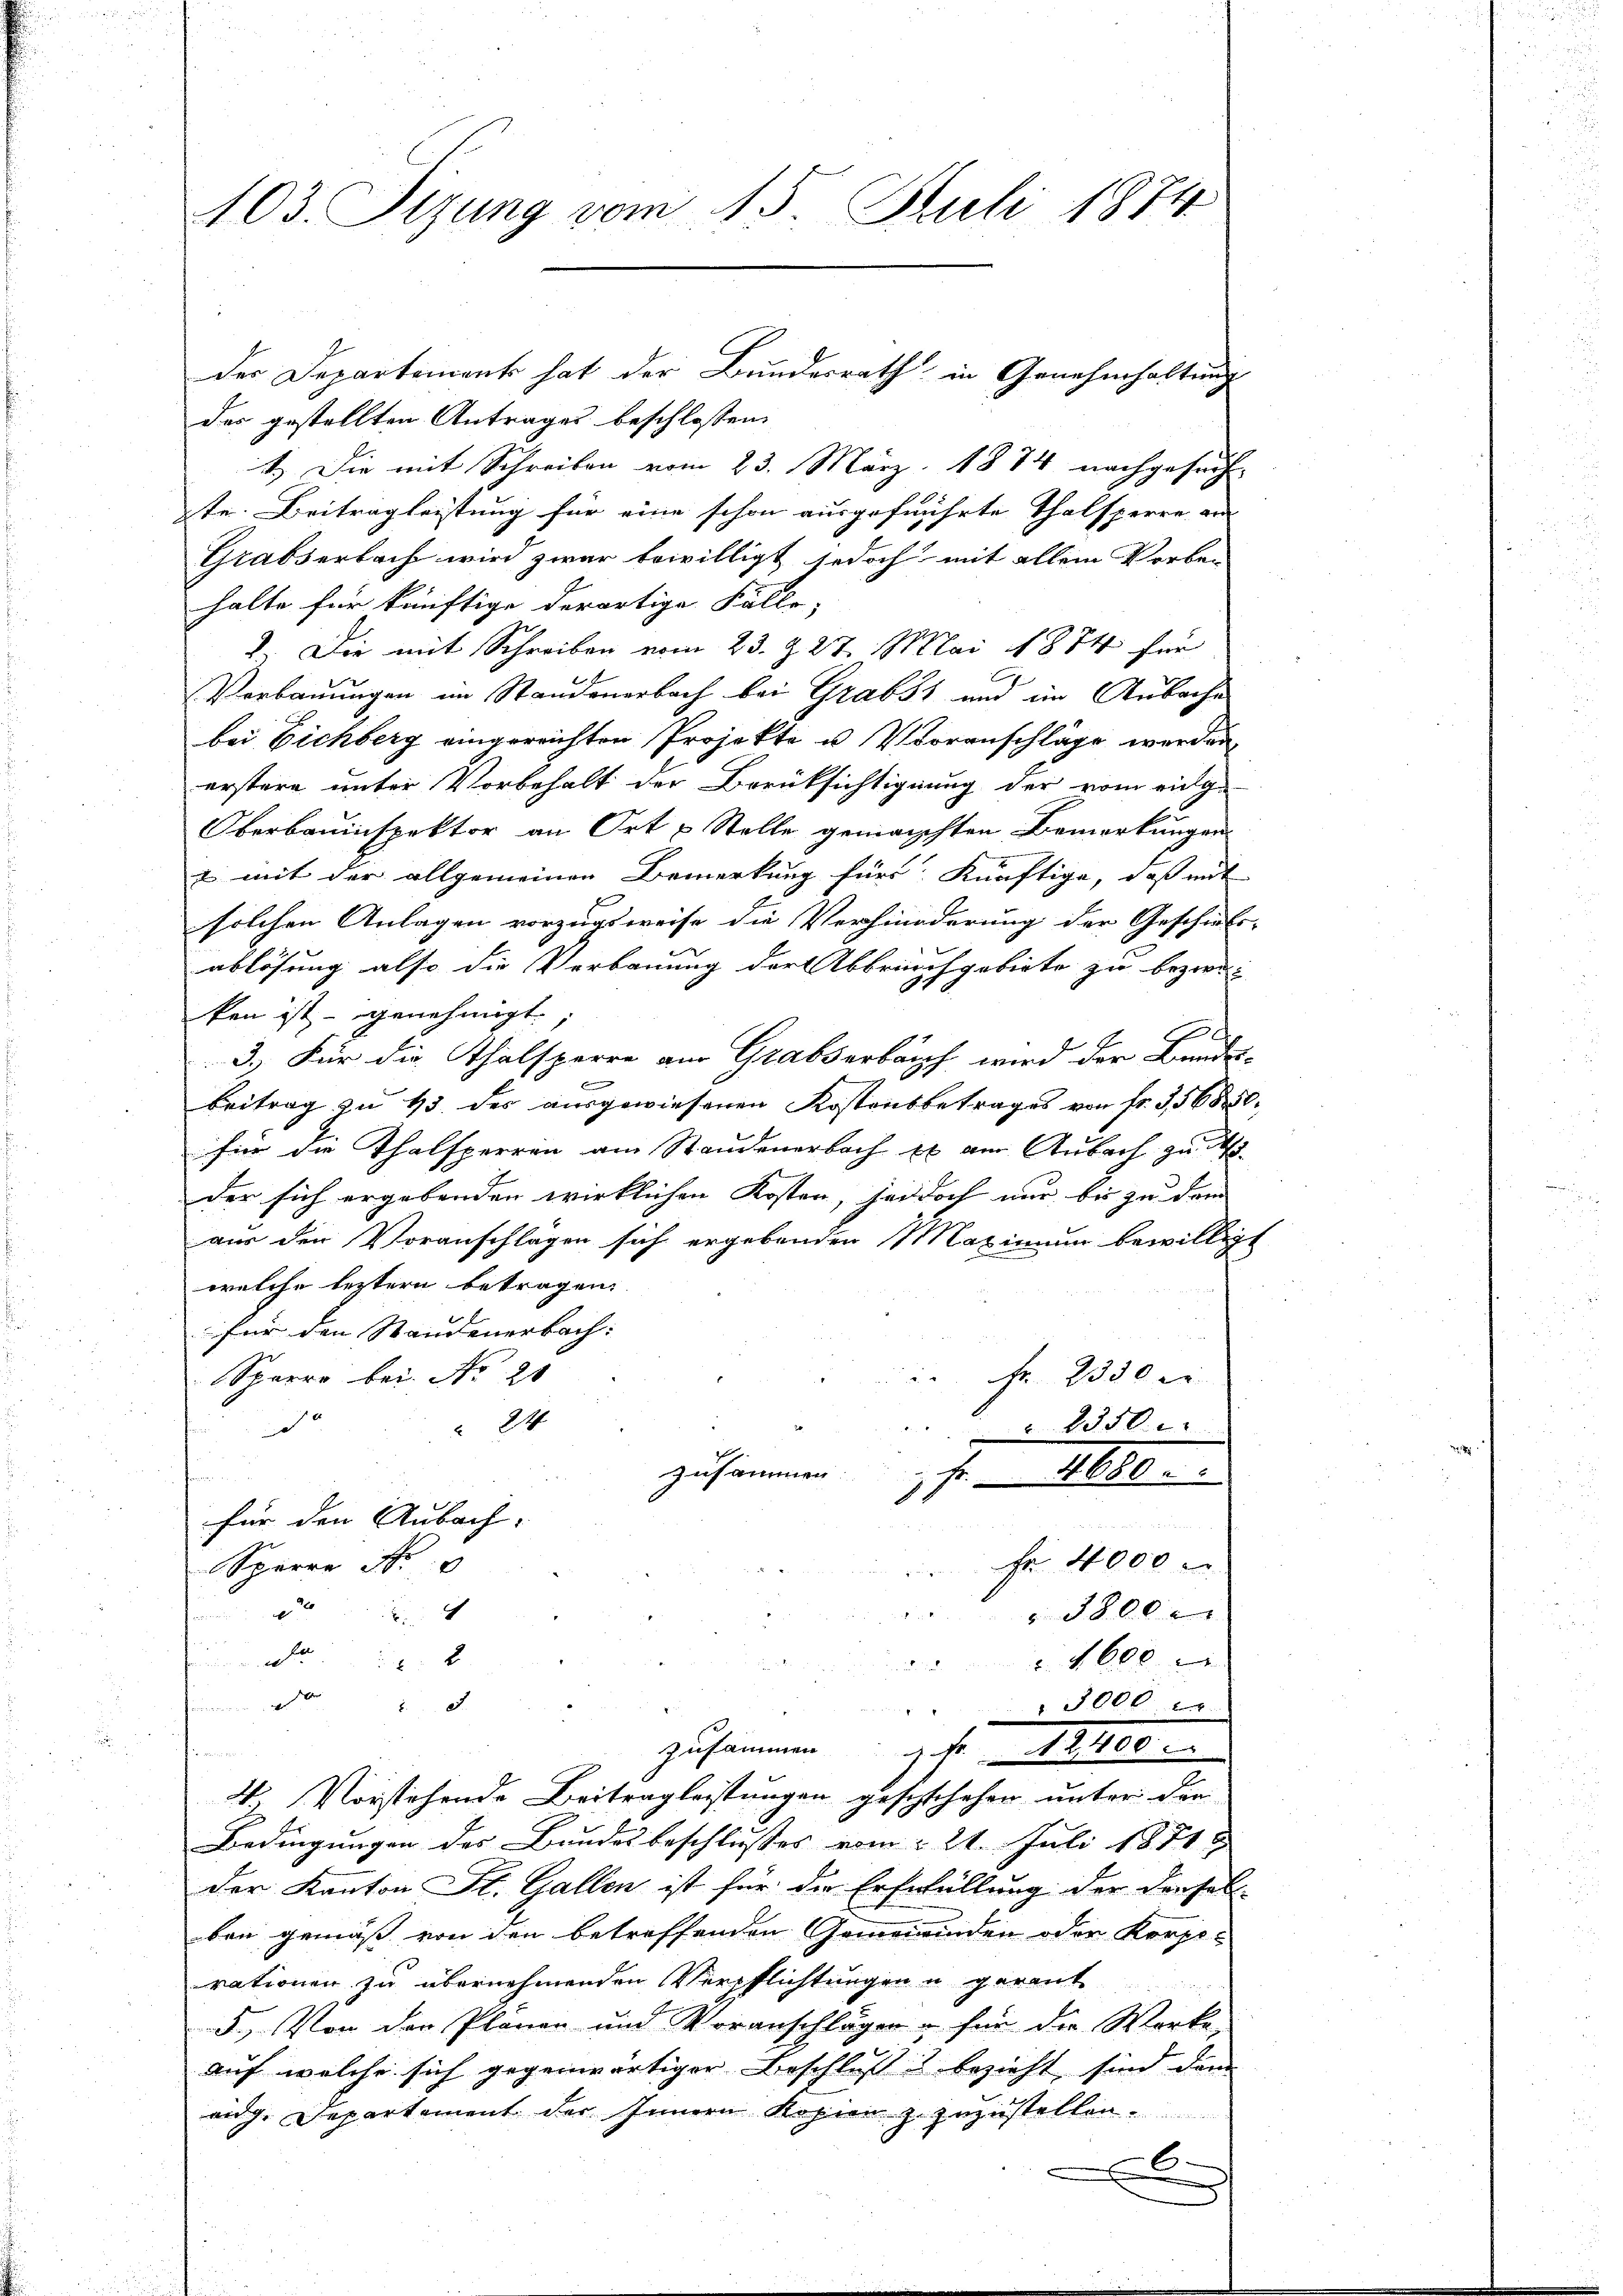
403. Sizung vom 15. Juli 1874

der Departement hat der Bundesrath in Genehmhaltung
der gestellten Antrages beschlossen:
1.) Die mit Schreiben vom 23. März 1874 nachgesuch-
te. Beitrag leistung für eine schon ausgeführte Thalsperre an
Grabserbach wird zwar bewilligt jedoch mit allem Vorbe-
halte für künftige derartige Fälle,
1. Die mit Schreiben vom 23. d. 27. Mai 1884 für
Verbauungen im Standenerbach bei Grabst und im Ausache
bei Eichberg eingereichten Projekte u Voranschläge werden,
erstere unter Vorbehalt der Berüksichtigung der vom einge
Oberbauinspektor an Ort & Stelle gemachten Bemerkungen
2 mit der allgemeinen Bemerkung für Künftige, daß mit
solchen Anlagen vorzugsweise die Verhinderung der Geschicks-
ablösung also die Verbauung der Abbruchgebiete zu bezwei
.
ken ist - genehmigt.
E
3.) Für die Thalsperre am Grabserbauch wird der Bundes-
Beitrag zu 43 des ausgewiesenen Kostensbetrages von fr. 356850.
für die Thalsperren am Standenerbach Er am Anbach zu d
der sich ergebenden wirklichen Kosten, jedoch nur bis zu dem |
aus den Voranschlagen sich ergebenden Maximum bewilligt
welche leztern betragen.
für den Standenerbach:
Sparro bei No 20
 Fr. 2330 er
24
d
2350.
zusammen
1 f. 480
für den Aubach.
äche die der
Fr 4000
Sperre No
4

3800.

4600
di

5000
zusammen Fr. 12400 e
2) Vorstehende Beitrag leistungen geschschehen unter die
Bedingungen des Bundesbeschlußes vom 21. Juli 1871
der Kanton St. Gallen ist für die Erfrfüllung der dersel-
ben gemäß von den betreffenden Gemeinenden oder Korpo-
rationen zu übernehmenden Verpflichtungen u gerant
5. Von den Planen und Voranschlägen u für die Worte
auf welche sich gegenwärtiger Beschluß & bezieht sind demn
aug. Departement der Innern Kopienz zuzustellen.
x